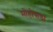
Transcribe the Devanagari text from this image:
मोहोपाडा